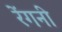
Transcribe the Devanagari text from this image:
रेंगनी